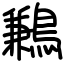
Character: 鶼